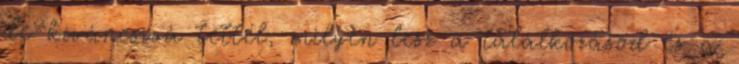
de kíváncsivá tettél, milyen lesz a találkozásod és a